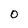
Character: 0